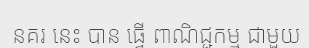
នគរ នេះ បាន ធ្វើ ពាណិជ្ជកម្ម ជាមួយ